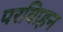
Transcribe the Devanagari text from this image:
परविाहन